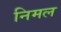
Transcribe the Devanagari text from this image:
निमल